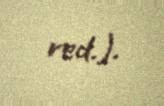
red.).